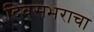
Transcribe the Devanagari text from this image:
दिवसभराचा